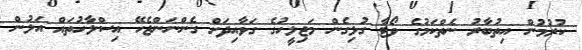
ކުރުމުން އިތުބާރު ނެތްކަމުގެ ވޯޓާ ގުޅިގެން މަޖިލީހުގެ ގަވާއިދަށް ގެންނަންޖެހޭ އިސްލާހުތައް އަލުން